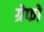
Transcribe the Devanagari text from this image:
ग्रेफो